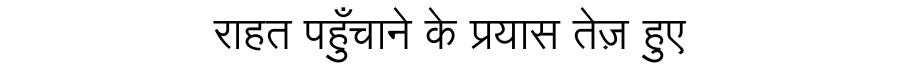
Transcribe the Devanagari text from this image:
राहत पहुँचाने के प्रयास तेज़ हुए